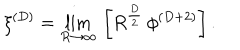
\xi ^ { ( D ) } = \lim _ { R \rightarrow \infty } \, \left[ R ^ { \frac { D } { 2 } } \, \phi ^ { ( D + 2 ) } \right] .